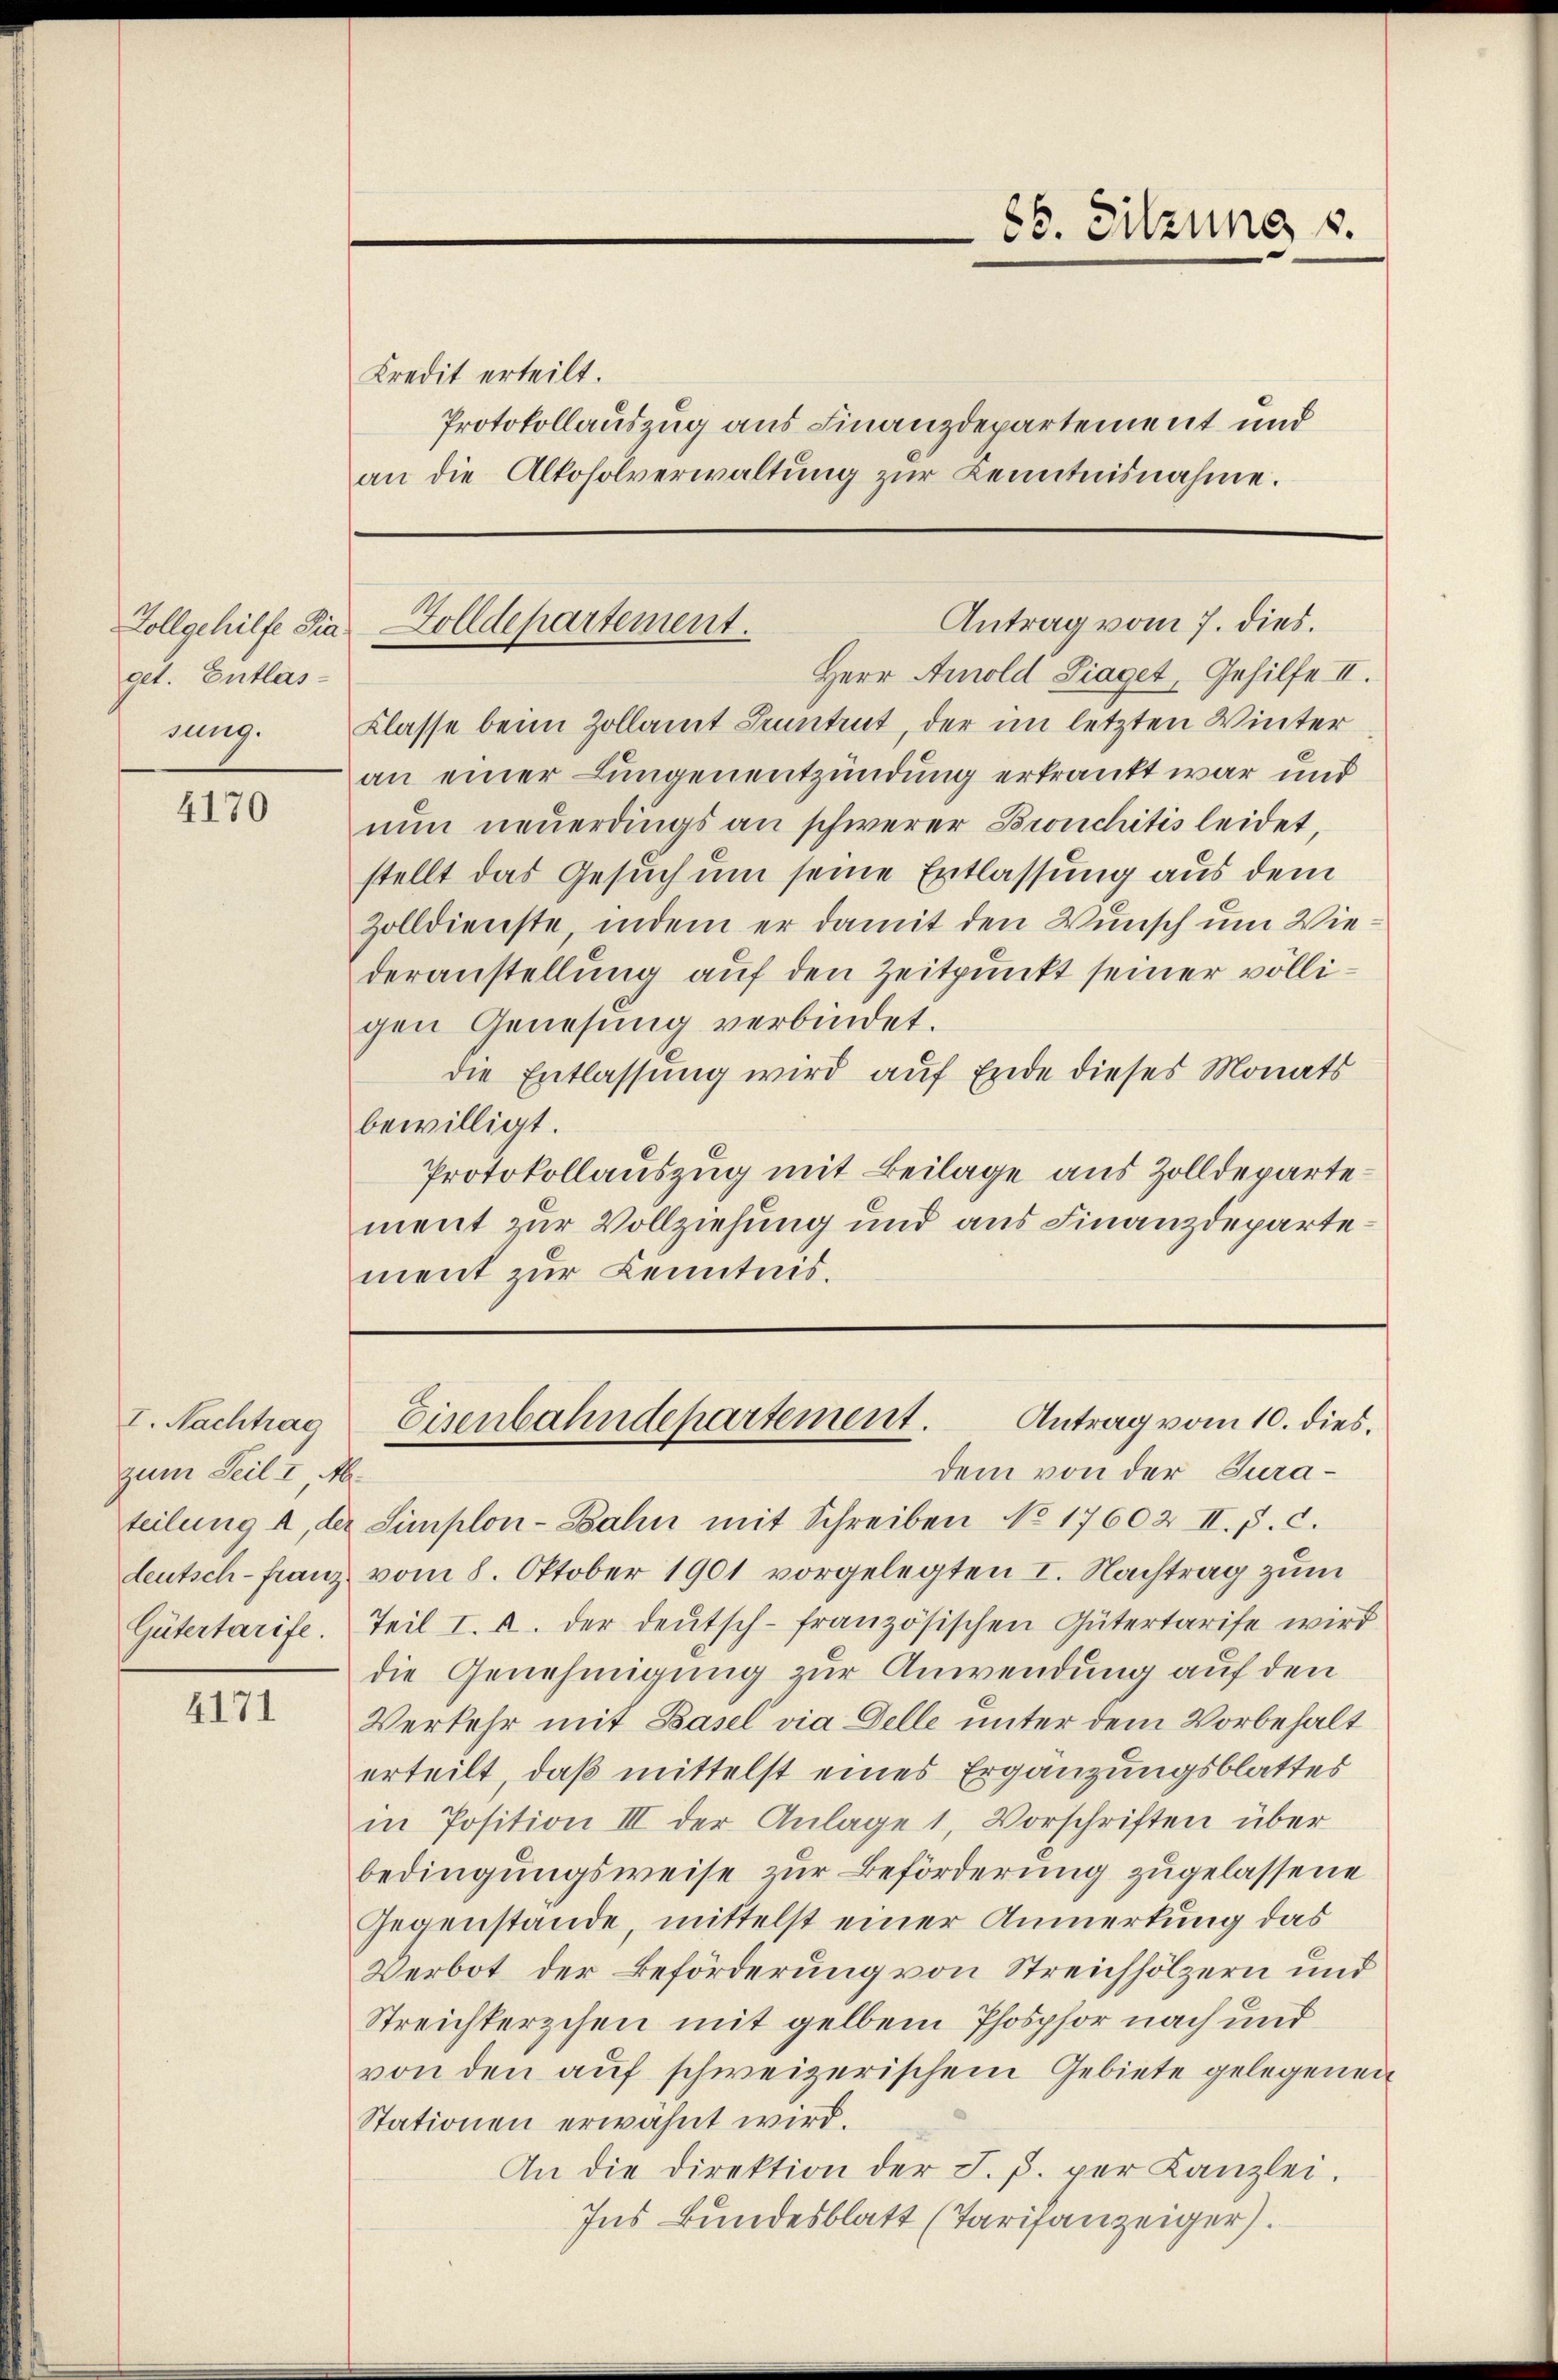
get. Entlassung.

4170

I. Nachtrag
zum Teil I Ab.
deutsch-Franz
Gütertarife

4171

Kredit erteilt.
Protokollauszug aus Finanzdepartement und
an die Alkoholverwaltung zur Kenntnisnahme.

Herr Arnold Piaget, Gehilfe II.
Klasse beim Zollamt Pruntrut, der im letzten Winter
an einer Lungenentzündung erkrankt war und
nŭn neuerdings an schwerer Bronchitis leidet,
stellt das Gesuch um seine Entlassung aus dem
Zolldienste, indem er damit den Wunsch um Wiederanstellung auf den Zeitpunkt seiner völligen Genesung verbindet.
die Entlassung wird auf Ende dieses Monats
bewilligt.
Protokollauszug mit Beilage aus Zolldepartement zur Vollziehung und aus Finanzdepartement zur Kenntnis.

86. Sitzung s.

Antrag vom 7. dies.
Zollgehilfe die Zolldepartement.
.

Antrag vom 10. dies
Eisenbahndepartement.

dem von der Jurateilung a. der Simplon-Bahn mit Schreiben No 17602 II. p. c.
vom 8. Oktober 1901 vorgelegten I. Nachtrag zum
Teil I. u. der deutsch-französischen Gütertarife wird
die Genehmigung zur Anwendung auf den
Verkehr mit Basel via Delle unter dem Vorbehalt
erteilt, daß mittelst eines Ergänzungsblattes
in Position III der Anlage 1, Vorschriften über
bedingungsweise zur Beförderung zugelassene
Gegenstände, mittelst einer Anmerkung das
Verbot der Beförderung von Streichhölzern und
Streichterschen mit gelben Phosphor nach und
von den auf schweizerischem Gebiete gelegenen
Stationen erwähnt wird.
An die Direktion der J. J. per Kanzlei.
Ins Bundesblatt (Tarifanzeiger).